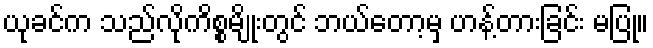
ယုခင်က သည်လိုကိစ္စမျိုးတွင် ဘယ်တော့မှ ဟန့်တားခြင်း မပြု။